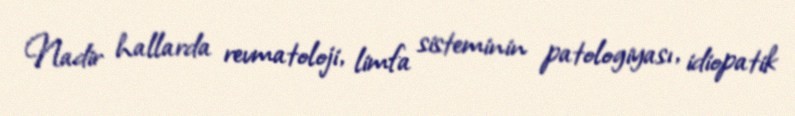
Nadir hallarda revmatoloji, limfa sisteminin patologiyası, idiopatik